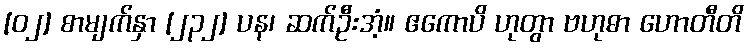
[၀၂] စာမျက်နှာ [၂၃၂] ပန၊ ဆက်ဦးအံ့။ ဧကောပိ ဟုတွာ ဗဟုဓာ ဟောတီတိ